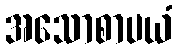
အသောစာပယံ